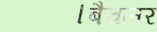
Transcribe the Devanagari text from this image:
।बैचलर